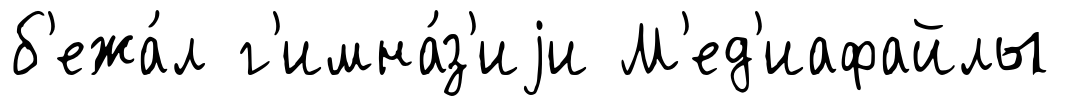
б'ежа́л г'имна́з'иjи М'ед'иафайлы